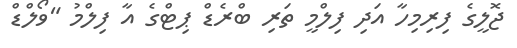
ޖޮލީގެ ފިރިމިހާ އަދި ފިލްމީ ތަރި ބްރެޑް ޕިޓްގެ އާ ފިލްމު "ވޯލްޑް